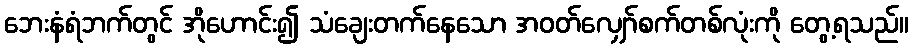
ဘေးနံရံဘက်တွင် အိုဟောင်း၍ သံချေးတက်နေသော အဝတ်လျှော်စက်တစ်လုံးကို တွေ့ရသည်။